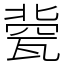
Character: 㼱